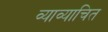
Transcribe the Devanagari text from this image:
व्याव्याचित